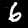
Label: 6